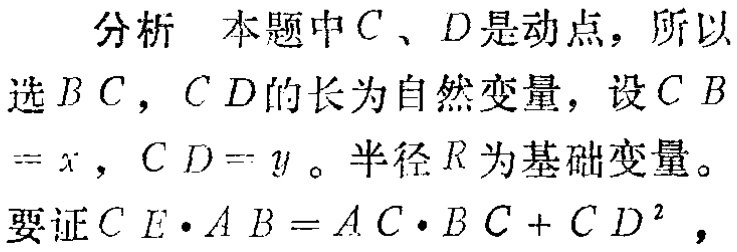
分析 本题中\(C\)、\(D\)是动点，所以
选\(BC\)，\(CD\)的长为自然变量，设\(CB\)
\(=x\)，\(CD = y\)。半径\(R\)为基础变量。
要证\(CE\cdot AB=AC\cdot BC + CD^{2}\)，